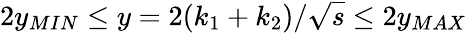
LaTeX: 2y_{MIN}\leq y=2(k_{1}+k_{2})/\sqrt{s}\leq 2y_{MAX}